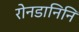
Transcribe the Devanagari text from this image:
रोनडानिनि